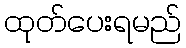
ထုတ်ပေးရမည်